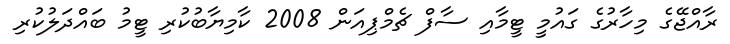
ރާއްޖޭގެ މިހާރުގެ ގައުމީ ޓީމާއި ސާފް ޗެމްޕިއަން 2008 ކާމިޔާބުކުރި ޓީމު ބައްދަލުކުރި